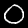
Label: 0